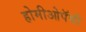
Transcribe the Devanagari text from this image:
होमीओपॅथी